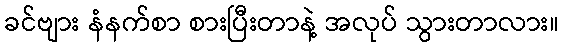
ခင်ဗျား နံနက်စာ စားပြီးတာနဲ့ အလုပ် သွားတာလား။